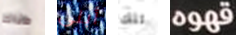
هناك أبلى تلك قهوه